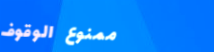
ممنوع الوقوف